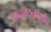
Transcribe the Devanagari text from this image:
नावावरुनदेखील